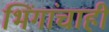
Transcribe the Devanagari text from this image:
भिंगांचाही